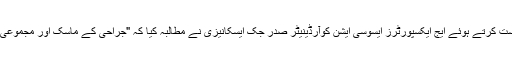
ڈی ایم او کو دی گرانٹ کو ختم کرنے کی درخواست کرتے ہوئے ایج ایکسپورٹرز ایسوسی ایشن کوآرڈینیٹر صدر جک ایسکانیزی نے مطالبہ کیا کہ "جراحی کے ماسک اور مجموعی برآمدات کو بہتر کارکردگی کا مظاہرہ نہ کریں"۔